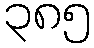
၃၈၅